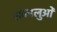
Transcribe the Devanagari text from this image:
शंकालुओं